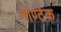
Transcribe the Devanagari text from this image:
मोण्टेक